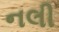
નલી